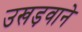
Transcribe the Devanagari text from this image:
उखड़वाने